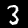
Digit: 3